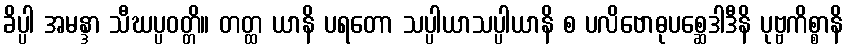
ခိပ္ပါ အမန္ဒာ သီဃပ္ပဝတ္တိ။ တတ္ထ ယာနိ ပရတော သပ္ပါယာသပ္ပါယာနိ စ ပလိဗောဓုပစ္ဆေဒါဒီနိ ပုဗ္ဗကိစ္စာနိ